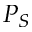
P _ { S }